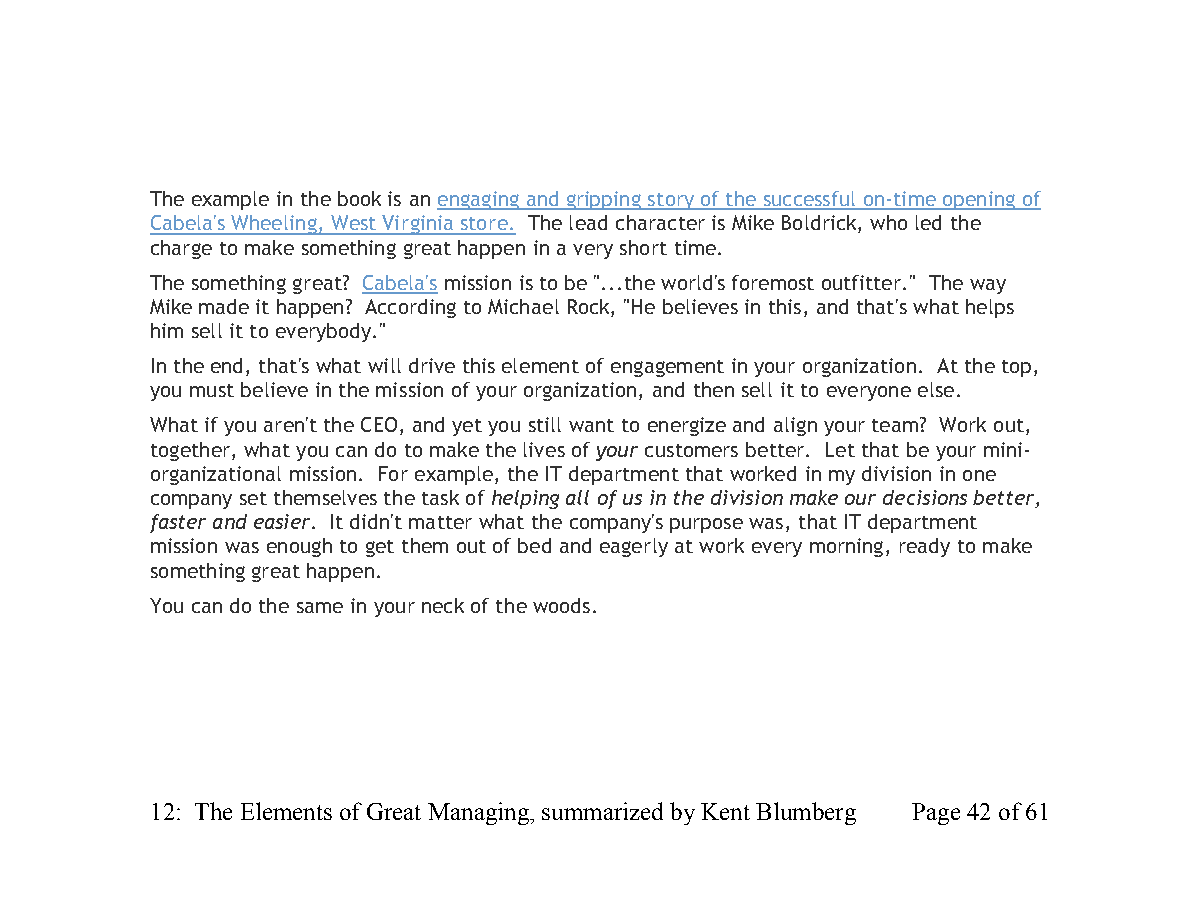
The example in the book is an engaging and gripping story of the successful on-time opening of
 Cabela's Wheeling, West Virginia store. The lead character is Mike Boldrick, who led the
 charge to make something great happen in a very short time.
 The something great? Cabela's mission is to be "...the world's foremost outfitter." The way
 Mike made it happen? According to Michael Rock, "He believes in this, and that's what helps
 him sell it to everybody."
 In the end, that's what will drive this element of engagement in your organization. At the top,
 you must believe in the mission of your organization, and then sell it to everyone else.
 What if you aren't the CEO, and yet you still want to energize and align your team? Work out,
 together, what you can do to make the lives of your customers better. Let that be your mini-
 organizational mission. For example, the IT department that worked in my division in one
 company set themselves the task of helping all of us in the division make our decisions better,
 faster and easier. It didn't matter what the company's purpose was, that IT department
 mission was enough to get them out of bed and eagerly at work every morning, ready to make
 something great happen.
 You can do the same in your neck of the woods.
 12: The Elements of Great Managing, summarized by Kent Blumberg Page 42 of 61